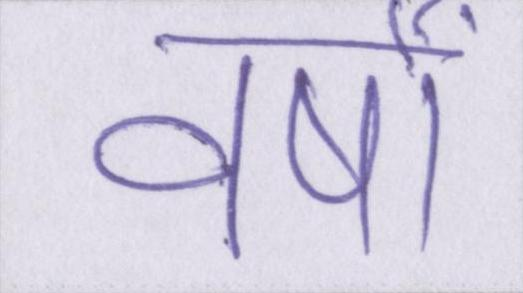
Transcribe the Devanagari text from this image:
वर्षों